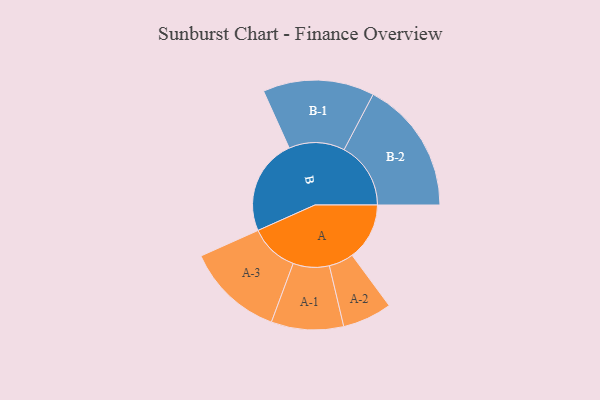
{"axis": {"x": "Segment", "y": "Value"}, "legend": ["", "A", "B"], "data": [{"x": "A", "y": 246, "type": ""}, {"x": "B", "y": 412, "type": ""}, {"x": "A-1", "y": 155, "type": "A"}, {"x": "A-2", "y": 106, "type": "A"}, {"x": "A-3", "y": 209, "type": "A"}, {"x": "B-1", "y": 239, "type": "B"}, {"x": "B-2", "y": 286, "type": "B"}]}